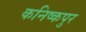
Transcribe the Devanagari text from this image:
कनिष्कपुर